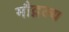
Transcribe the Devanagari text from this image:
मौद्गल्य